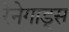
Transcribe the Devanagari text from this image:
रेनेगाड्स